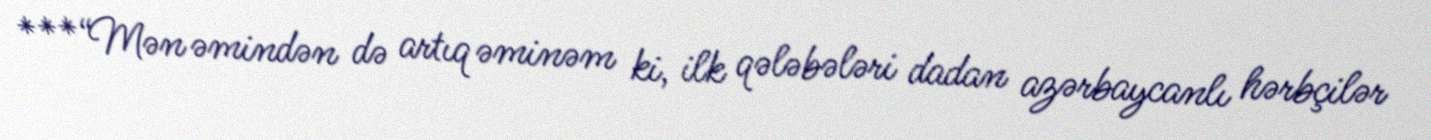
***“Mən əmindən də artıq əminəm ki, ilk qələbələri dadan azərbaycanlı hərbçilər